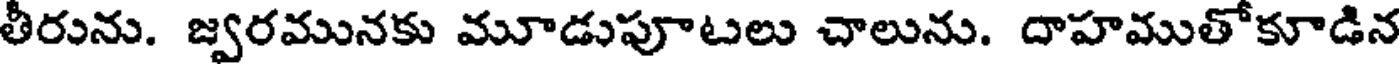
తీరును. జ్వరమునకు మూడుపూటలు చాలును. దాహముతోకూడిన